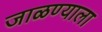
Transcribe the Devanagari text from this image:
जाळण्याला